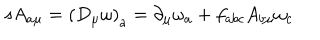
LaTeX: s A _ { a \mu } = \left( D _ { \mu } \omega \right) _ { a } = \partial _ { \mu } \omega _ { a } + f _ { a b c } A _ { b \mu } \omega _ { c }